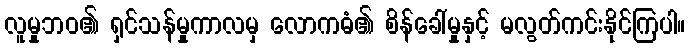
လူမှုဘဝ၏ ရှင်သန်မှုကာလမှ လောကဓံ၏ စိန်ခေါ်မှုနှင့် မလွတ်ကင်းနိုင်ကြပါ။